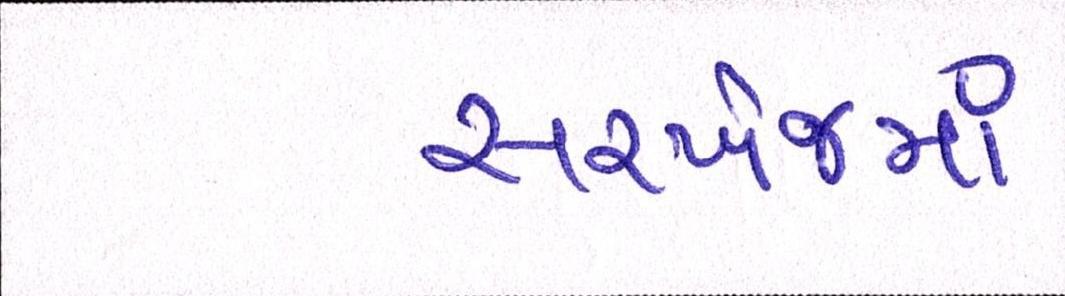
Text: સરખેજમાં